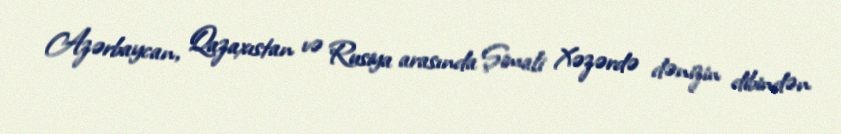
Azərbaycan, Qazaxıstan və Rusiya arasında Şimali Xəzərdə dənizin dibindən